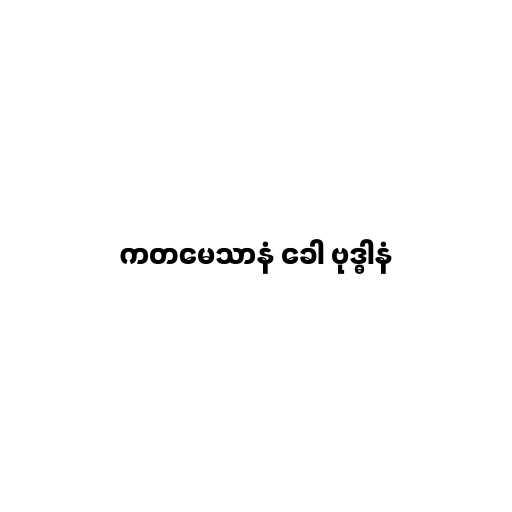
ကတမေသာနံ ခေါ ဗုဒ္ဓါနံ